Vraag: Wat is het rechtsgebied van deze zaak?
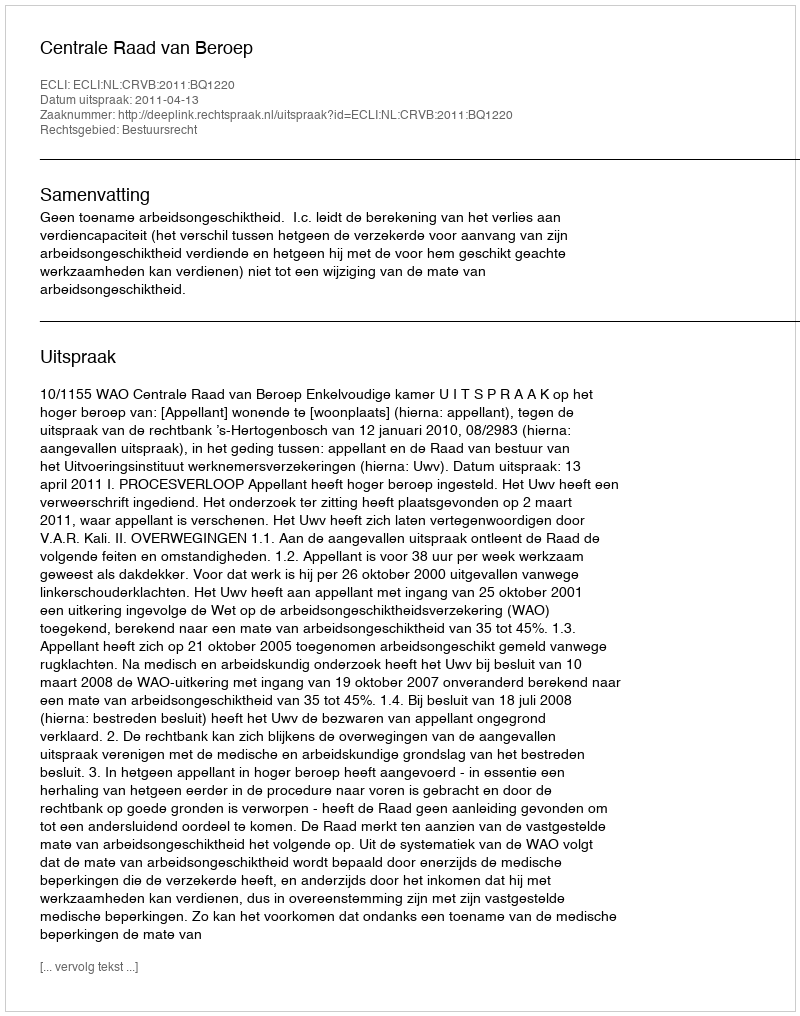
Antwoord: Bestuursrecht